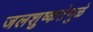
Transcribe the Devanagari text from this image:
जलशुष्कतेमुळे